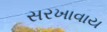
સરખાવાય